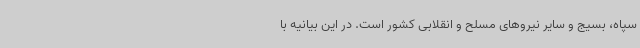
سپاه، بسیج و سایر نیروهای مسلح و انقلابی کشور است. در این بیانیه با